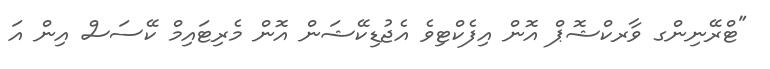
"ޓްރޭނިންގ ވާރކްޝޮޕް އޮން އިފެކްޓިވެ އެޖުޑިކޭޝަން އޮން މެރިޓައިމް ކޭސަސް އިން އަ